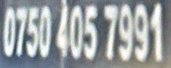
0750 405 7991